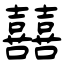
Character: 囍